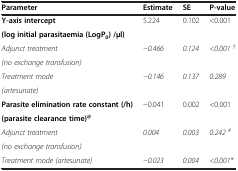
| Parameter | Estimate | SE | P-value |
 | --- | --- | --- | --- |
 | Y-axis intercept | <ROWSPAN=2> 5.224 | <ROWSPAN=2> 0.102 | <ROWSPAN=2> <0.001 |
 | (log initial parasitaemia (LogP0) /μl) |
 | Adjunct treatment | <ROWSPAN=2> −0.466 | <ROWSPAN=2> 0.124 | <ROWSPAN=2> <0.001§ |
 | (no exchange transfusion) |
 | Treatment mode | <ROWSPAN=2> −0.146 | <ROWSPAN=2> 0.137 | <ROWSPAN=2> 0.289 |
 | (artesunate) |
 | Parasite elimination rate constant (/h) | <ROWSPAN=2> −0.041 | <ROWSPAN=2> 0.002 | <ROWSPAN=2> <0.001 |
 | (parasite clearance time)@ |
 | Adjunct treatment | <ROWSPAN=2> 0.004 | <ROWSPAN=2> 0.003 | <ROWSPAN=2> 0.242# |
 | (no exchange transfusion) |
 | Treatment mode (artesunate) | −0.023 | 0.004 | <0.001* |